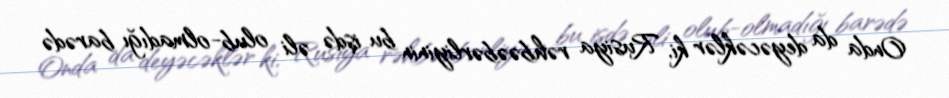
Onda da deyəcəklər ki, Rusiya rəhbəəbərliyinin bu işdə əli olub-olmadığı barədə